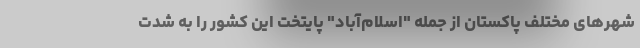
شهرهای مختلف پاکستان از جمله "اسلام‌آباد" پایتخت این کشور را به شدت